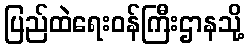
ပြည်ထဲရေးဝန်ကြီးဌာနသို့